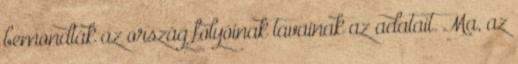
bemondták az ország folyóinak tavainak az adatait. Ma, az